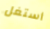
أستغل